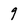
Character: 9